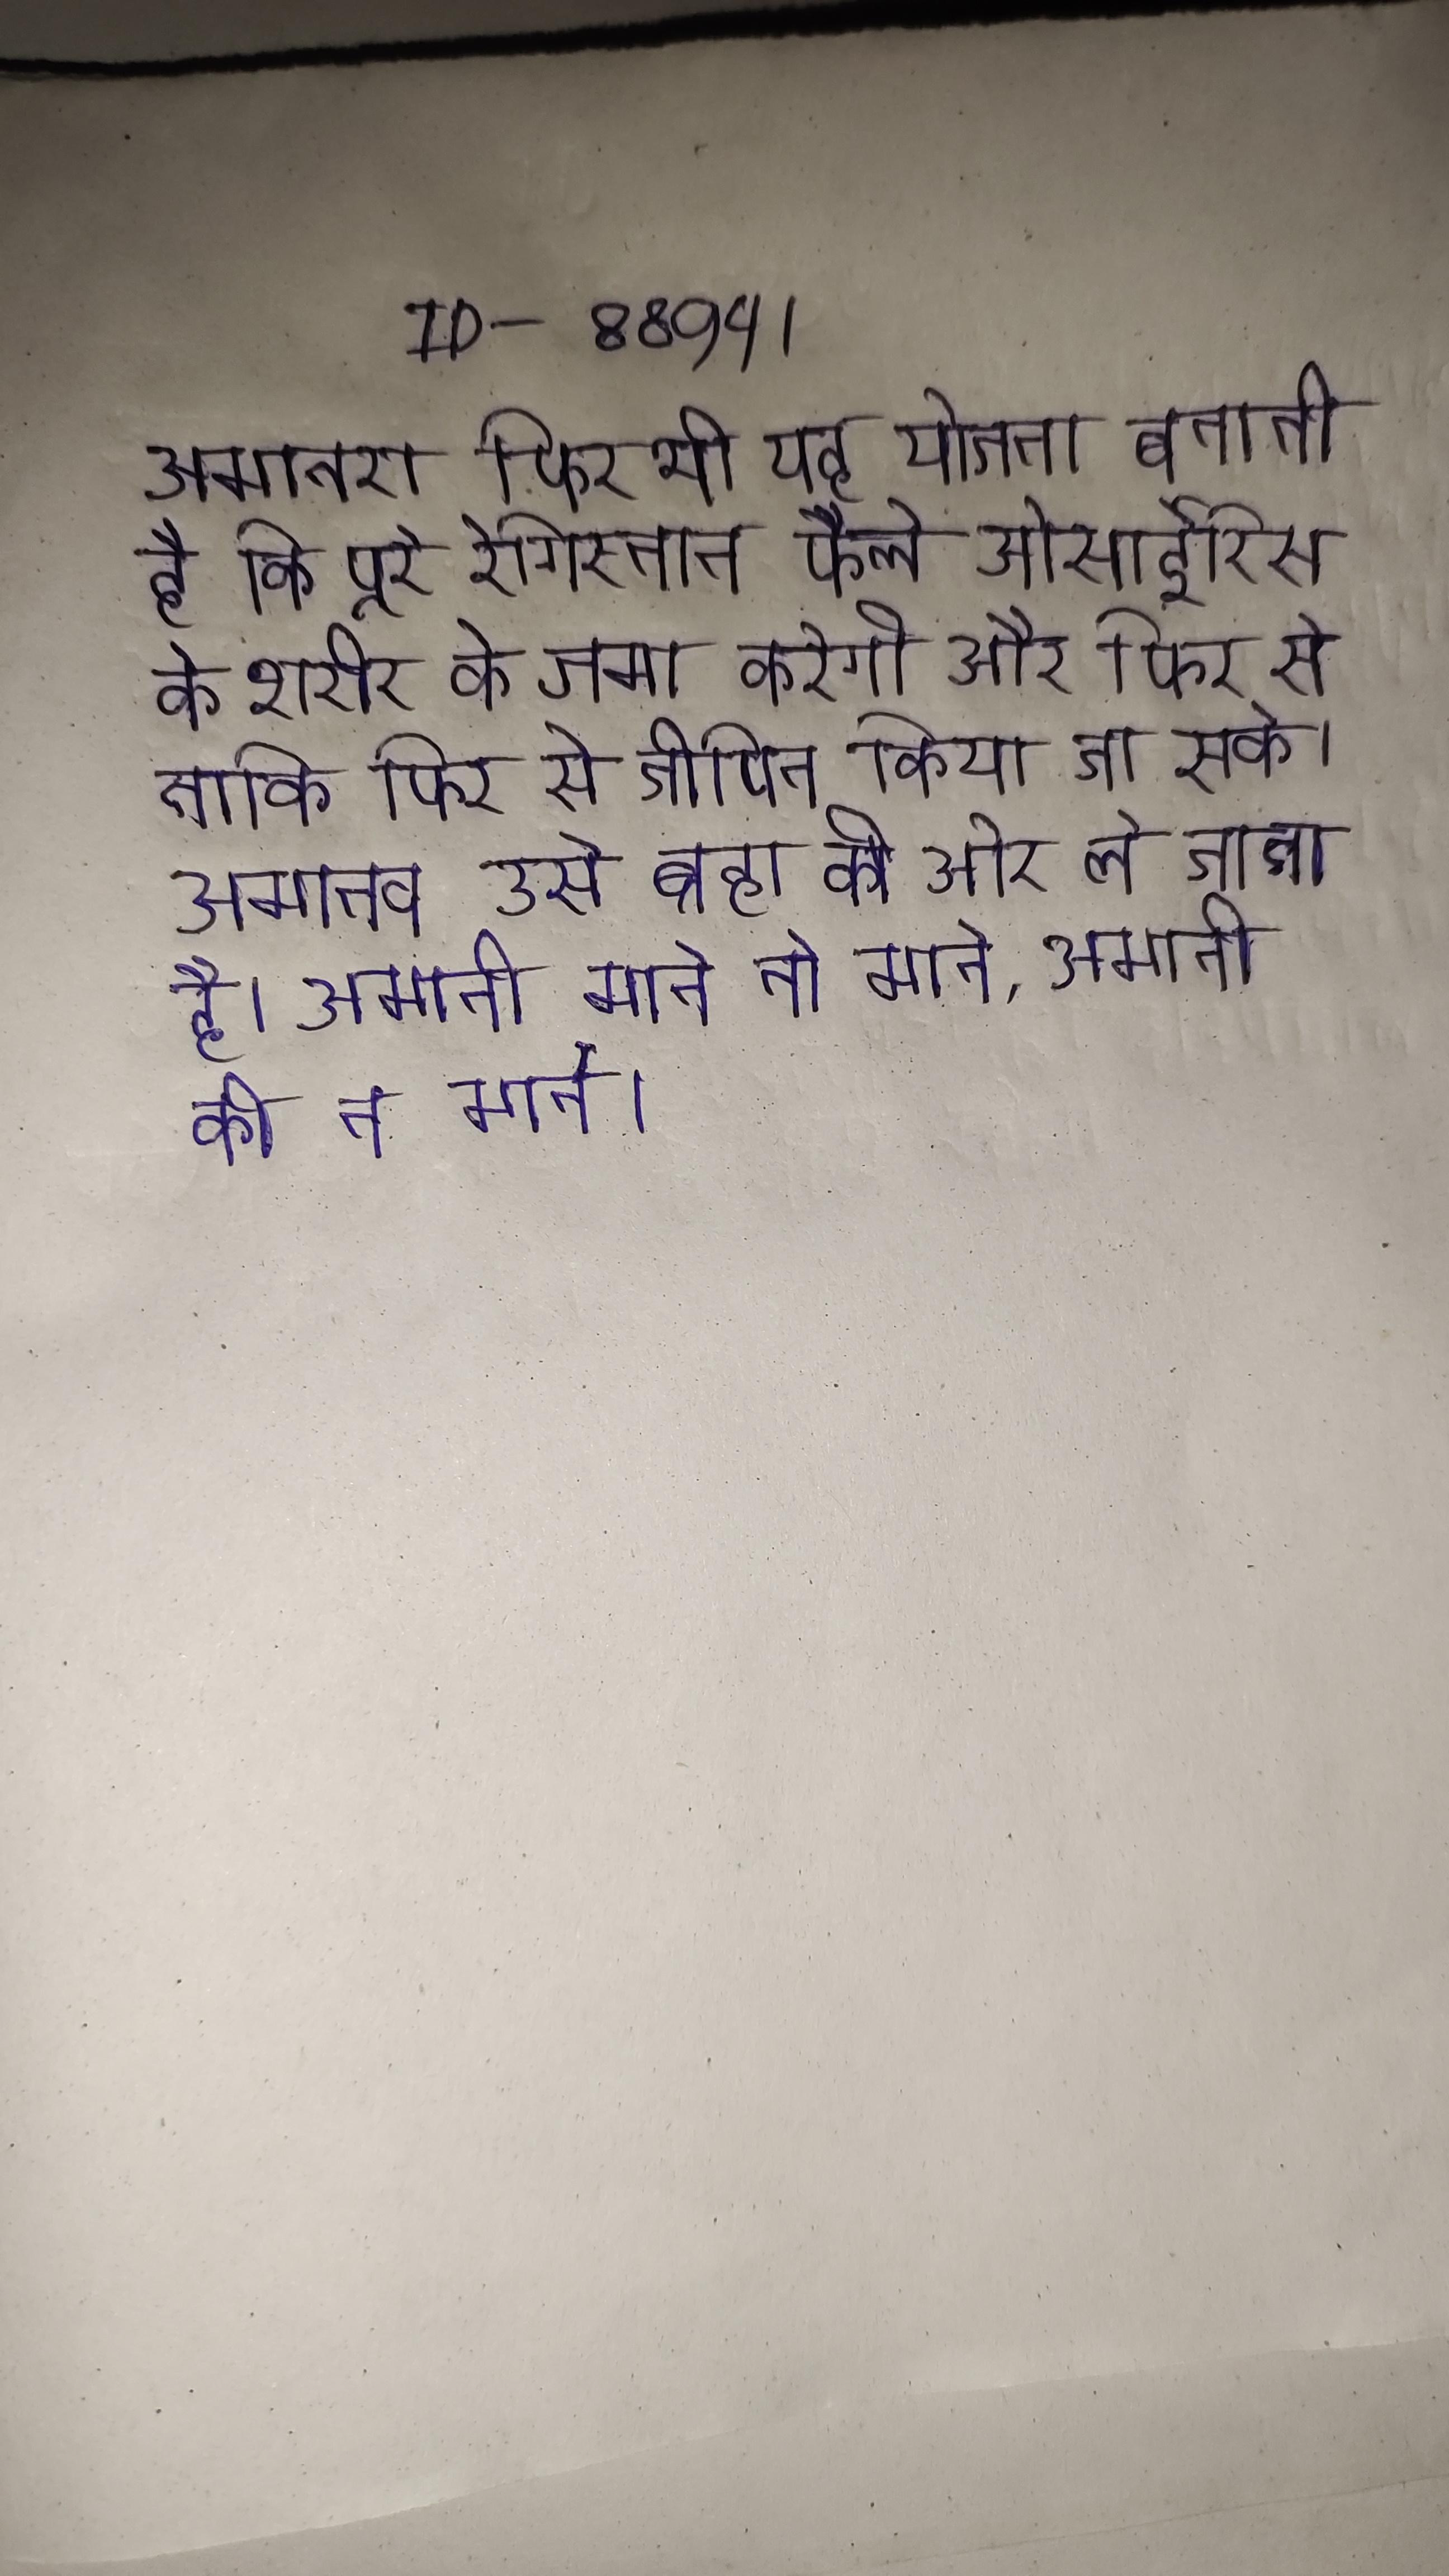
अमानरा फिर भी यह योजना बनाती है कि पूरे रेगिस्तान फैले ओसाईरिस के शरीर के जमा करेगी और फिर से ताकि फिर से जीवित किया जा सके । अमानव उसे ब्रह्म की ओर ले जाता है । अमानी माने तो माने, अमानी की न माने ।